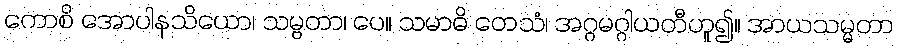
ကောစိ အောပါနသိယော၊ သမ္ဗတာ၊ ပေ။ သမာဓိ တေသံ၊ အဂ္ဂမဂ္ဂါယတီဟူ၍။ အာယသမ္မတာ